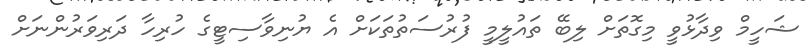
ޝަހީމް ވިދާޅުވީ މިގޮތަށް ލިބޭ ތައުލީމީ ފުރުސަތުތަކަށް އެ ޔުނިވާސިޓީގެ ހުރިހާ ދަރިވަރުންނަށް